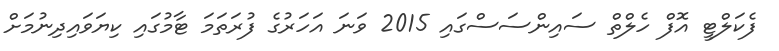
ފެކަލްޓީ އޮފް ހެލްތް ސައިންސަސްގައި 2015 ވަނަ އަހަރުގެ ފުރަތަމަ ޓާމުގައި ކިޔަވައިދިނުމަށް